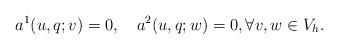
LaTeX: \begin{align*} a^1(u, q; v)=0, \ \ \ a^2(u,q;w)=0, \forall v,w\in V_h.\end{align*}